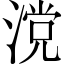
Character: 𣺼